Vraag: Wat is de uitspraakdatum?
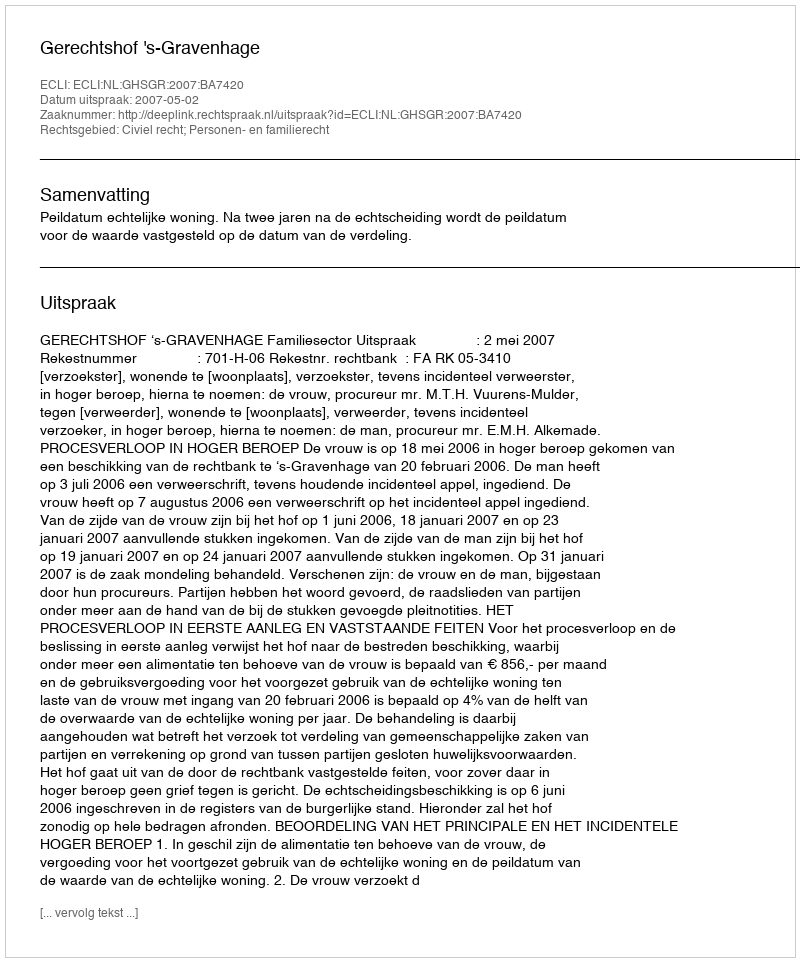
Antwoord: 2007-05-02